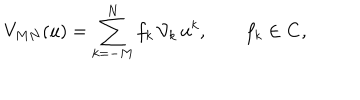
V _ { M N } ( u ) = \sum _ { k = - M } ^ { N } f _ { k } \, { \cal V } _ { k } \, u ^ { k } , \qquad f _ { k } \in { \bf C } ,